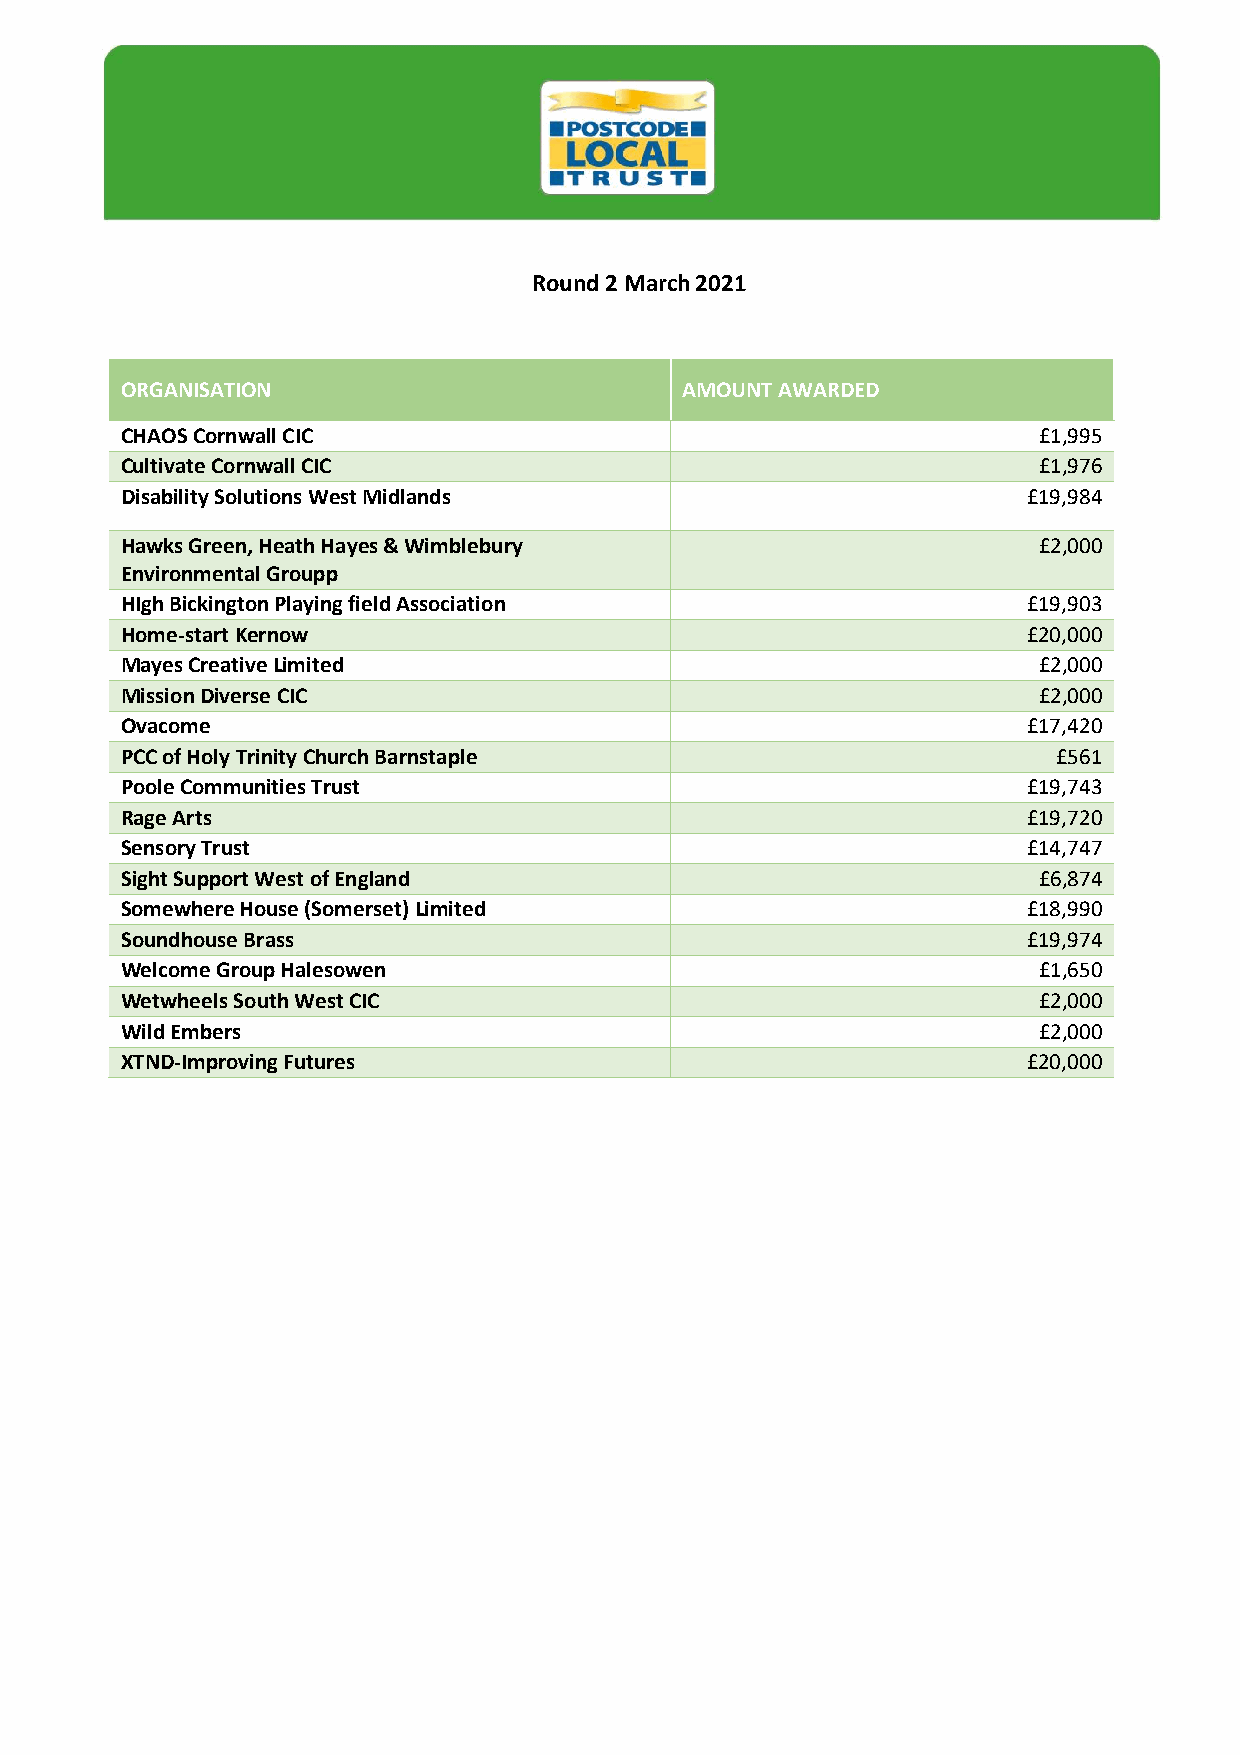
Round 2 March 2021
 ORGANISATION                         AMOUNT AWARDED
 CHAOS Cornwall CIC                                           £1,995
 Cultivate Cornwall CIC                                       £1,976
 Disability Solutions West Midlands                          £19,984
 Hawks Green, Heath Hayes & Wimblebury                        £2,000
 Environmental Groupp
 HIgh Bickington Playing field Association                   £19,903
 Home-start Kernow                                           £20,000
 Mayes Creative Limited                                       £2,000
 Mission Diverse CIC                                          £2,000
 Ovacome                                                     £17,420
 PCC of Holy Trinity Church Barnstaple                         £561
 Poole Communities Trust                                     £19,743
 Rage Arts                                                   £19,720
 Sensory Trust                                               £14,747
 Sight Support West of England                                £6,874
 Somewhere House (Somerset) Limited                          £18,990
 Soundhouse Brass                                            £19,974
 Welcome Group Halesowen                                      £1,650
 Wetwheels South West CIC                                     £2,000
 Wild Embers                                                  £2,000
 XTND-Improving Futures                                      £20,000